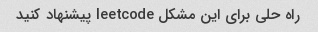
راه حلی برای این مشکل leetcode پیشنهاد کنید